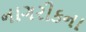
નાગરીકના